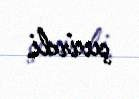
çevirdi.